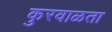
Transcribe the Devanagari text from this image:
कुरवाळता